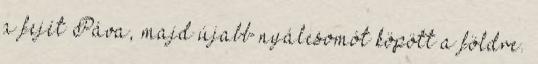
a fejét Páva, majd újabb nyálcsomót köpött a földre.